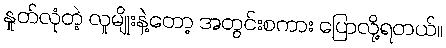
နှုတ်လုံတဲ့ လူမျိုးနဲ့တော့ အတွင်းစကား ပြောလို့ရတယ်။